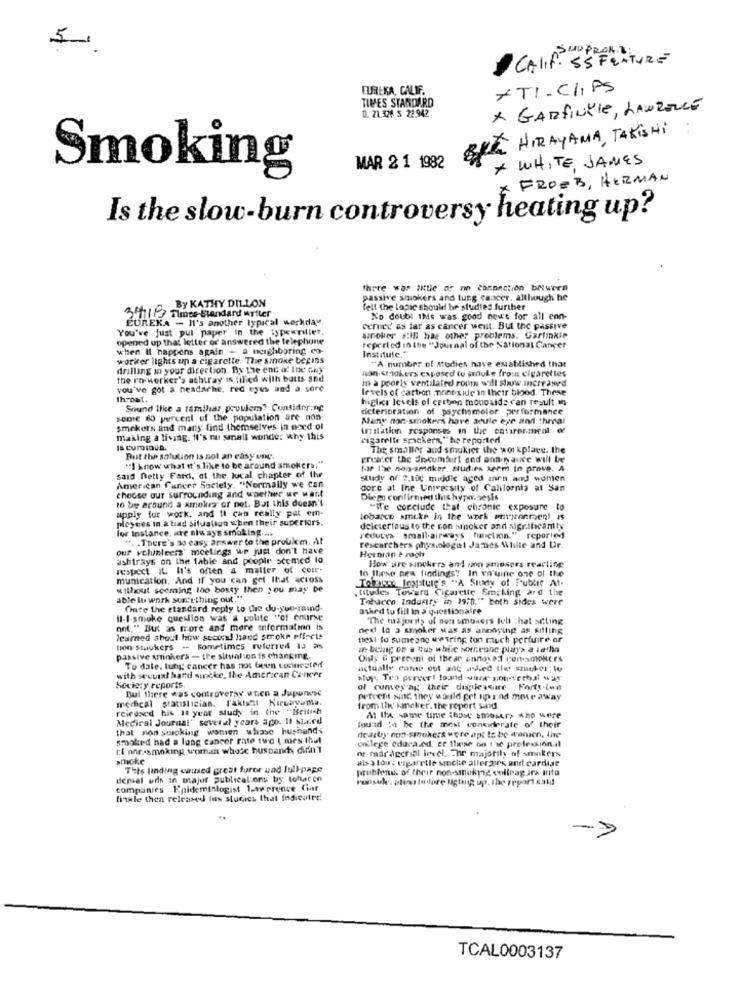
5
SHOPROLL
CALIf. ES FEATURE
EUREKA, CALIF.
*TI. CHIPS
TIVES STANDARD
D. 21.326 5 22.942
* GARFINLIE, LAWRENCE
BOA HIRAYAMA, TAKISHI
* WHITE, JAMES
Smoking
MAR 2 1 1982
FROEB, HERMAN
Is the slow-burn controversy heating up?
There was title of no connection between
By KATHY DILLON
passive smokers and lung cancer. although he
Tell the topic should be studied further.
$1 97 Tlines-Standard writer
EUREKA - It's another typical workday.
No doubt this was good news for all con-
You've just put paper in the typewT
cerned as far as cancer went. But the passive
opened up that letter or answered the telephone
smoker zIll hae other problems. Garlinkie
when Il happens again - a neighboring co-
reprried in the "Journal of the National Cancer
Institute."
worker lights un a cigarette. The smoke begins
drilling in your direction. By the end of the Guy
non-stackers exposed to smule from cigarettes
"A number of studies have established thar
the ro-worker's ashtray is filled with butts and
in à poorly ventilated rooms will show increased
you've got a headache, red eyes and a sore
levels of carbon monoxide in their blood. These
higher levels of carbon monoxide can result in
Sound like a tamihar problem? Consider:nc
dicterioration of psychomotor performance.
HDD16 60 percent of the population are non
Many non-smokers hove acute eye and throal
smekers and many find themselves in nord of
inflation responses in the corrermeal of
making a living. It's ra small wonder why this
cigareltr snickers, " he reported.
is cumIaus.
The smaller and smokier the workplace. the
But the solution is not an easy unc.
greater the discumfurt and ant Nauce will be
"I know what it's like to be around smokers."
far the non-smaker. studies seem In prove. A
said netty Fard, of the local chapter of the
Study of 2,100 middle aged men and women
American Cancer Society. "Normally we can
choose our surrounding and whether we want
dore at the University of California at San
to be around a smoker or not. But this doesn't
Diego confirmed this hypothesis
apply for work, and It can really pat em-
"i'e conclude that chronic exposure to
ployees in a bad situation when their superiors.
Lobarco smukr in the work environment is
for instance, are always smoking ....
deleterious to the con sinoker and significantty
" ... There's so easy answer to the problem. At
reduces small-airways hanctmn." reported
our volunteers' meetings we just don't have
researchers physiologit James White and Ur.
ashtrays on the table and people scemed lo
Herman t roch
respect IL It's often a matter of comr.
to these new findings? In va'uine one of the
How are sinckers and un amosers reacting
munication. And if you can get Ihat across
Tobacco Ingstule's "A Study of Public At-
without seeming 100 bossy then you may be
titudes Toward Cigarette Smoking and the
able lu work sortthing out."
Tobacco Industry in 1970." both sides were
Onfe the standard reply to the du-yul-mind-
asked to fill in a questionaire
il-I-smoke question was a polite "of enure
"The majority of non smokers felt that siting
not." But as more and more information is
next lo a smoker was as annoying as sitting
learned shout how second hand smoke pfirets
next to sumegne wearing ton much perfuire or
tion stokers - sometimes referred to as
en belag on a tus while someone plays a sarlin
passive smokers - the situation is changing.
Only & percent of thear annoyed non-smokers
with secviat band sincke, the American Cancer
To date. lung cancer has not been cocinesterf
actually ranse out ant avied the smukos Wo
alop. Tea perver! loand wine non-verbal sur
Society reports.
But there was controversy uten a Jupurese
ol cumey ag their diaplessire Forty-(ww
medical statistician. l'akisht Kıruayama.
percent Kinc they would get up and move away
reiedsed his 14 year study in the "British
from the' smeker. the roport said
Medical Journal" several years ago. Il stard
At Ifa same time ihast smoser> who were
that non smacking women whose husband
fouad :o be the mest considerate of their
smoked had a lung cancer rate two times that
nearby om-smokers were opt to be wonien, ine
rt non-smoking woman whode husbands didn't
college educated, er these on tic profession.al
og maar acchial level. The majority of smokers
micke
also tour: vagaretle smche allergies and cardiae
This finding caused great furor and full-page
problems of their non-smoking coltrag ars info
demal øds in major publicalions by Ichtacon
runside. plino Isidore ligting up, the report sold!
companies Epideminlogist 1.averence (if
finkle then released los studies that indieatre!
TCAL0003137